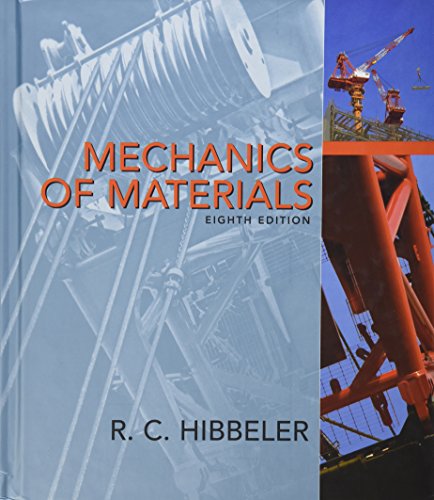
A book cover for Mechanics of Materials (8th Edition); Russell C. Hibbeler; Science & Math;